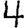
Digit: 4